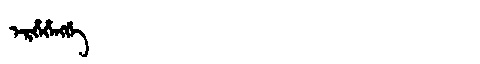
Manchu: ᡝᡵᡥᡝᡥᡝᠩᡤᡝ
Romanization: ERHEHENGGE